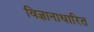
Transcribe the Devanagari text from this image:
विज्ञानाधारित